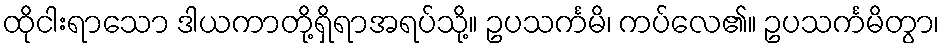
ထိုငါးရာသော ဒါယကာတို့ရှိရာအရပ်သို့။ ဥပသင်္ကမိ၊ ကပ်လေ၏။ ဥပသင်္ကမိတွာ၊